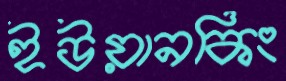
ইউয়ানকিং